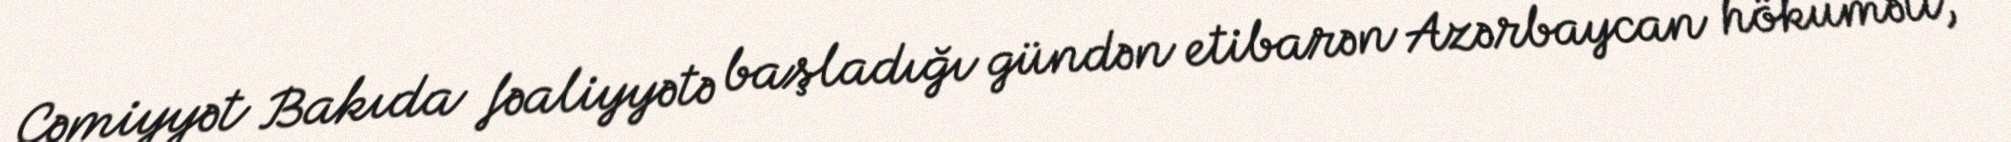
Cəmiyyət Bakıda fəaliyyətə başladığı gündən etibarən Azərbaycan hökuməti,